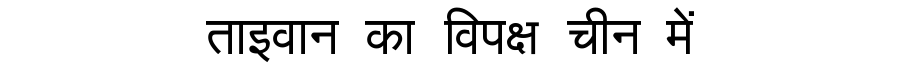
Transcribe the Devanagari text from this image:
ताइवान का विपक्ष चीन में